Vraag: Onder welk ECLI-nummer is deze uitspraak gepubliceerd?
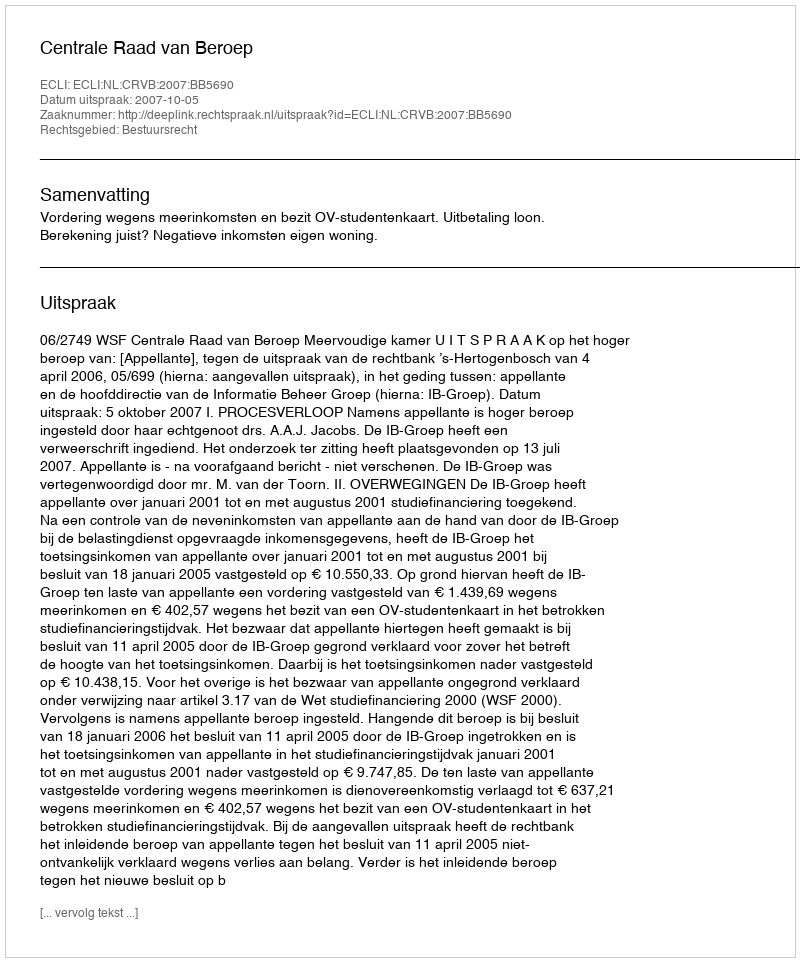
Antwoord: ECLI:NL:CRVB:2007:BB5690